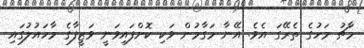
މާޗު މަހުގެ ތެރޭގަ އެވެ. އޭނާ މަގާމުން ވަކި ކޮށްފައިވަނީ ވަޒީފާގެ މާހައުލުގައި